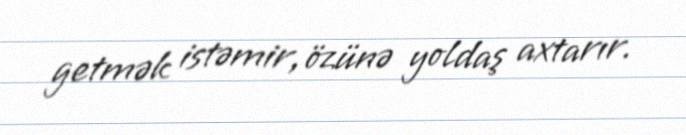
getmək istəmir, özünə yoldaş axtarır.